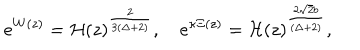
LaTeX: e ^ { W ( z ) } = { \cal H } ( z ) ^ { \frac { 2 } { 3 ( \Delta + 2 ) } } , \quad e ^ { \kappa \Xi ( z ) } = { \cal H } ( z ) ^ { \frac { 2 \sqrt { 2 } b } { ( \Delta + 2 ) } } ,